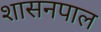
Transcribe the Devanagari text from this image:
शासनपाल